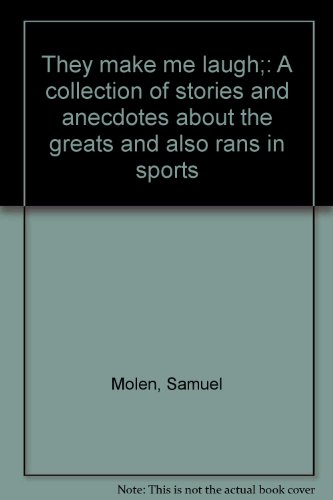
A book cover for They make me laugh;: A collection of stories and anecdotes about the greats and also rans in sports; Samuel Molen; Humor & Entertainment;